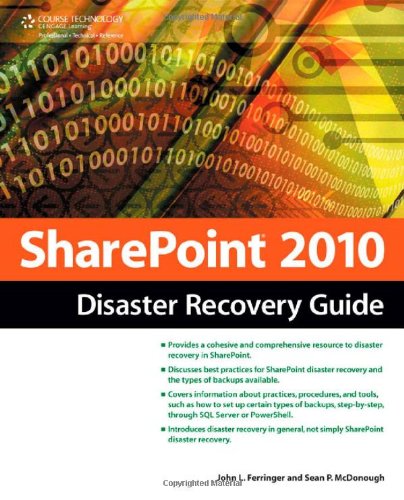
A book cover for SharePoint 2010 Disaster Recovery Guide; John L. Ferringer; Computers & Technology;